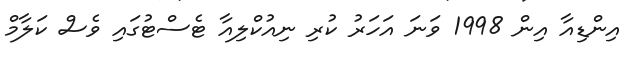
އިންޑިއާ އިން 1998 ވަނަ އަހަރު ކުރި ނިއުކްލިއާ ޓެސްޓުގައި ވެސް ކަލާމް